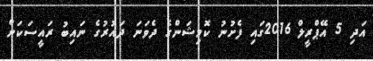
އަދި 5 އޭޕްރީލް 2016ގައި ފެށުނު ކޮމިޝަންގެ ދެވަނަ ދައުރުގެ ނައިބު ރައީސަކަށް